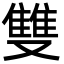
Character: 雙